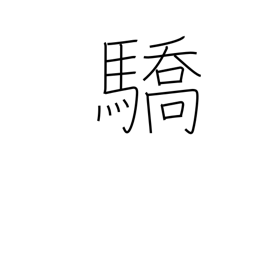
Meaning: haughtiness